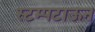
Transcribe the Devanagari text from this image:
स्टम्पटाऊन